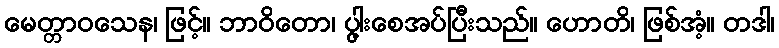
မေတ္တာဝသေန၊ ဖြင့်။ ဘာဝိတော၊ ပွါ့းစေအပ်ပြီးသည်။ ဟောတိ၊ ဖြစ်အံ့။ တဒါ၊